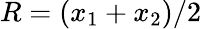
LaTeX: R=(x_{1}+x_{2})/2